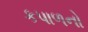
કપાળનો